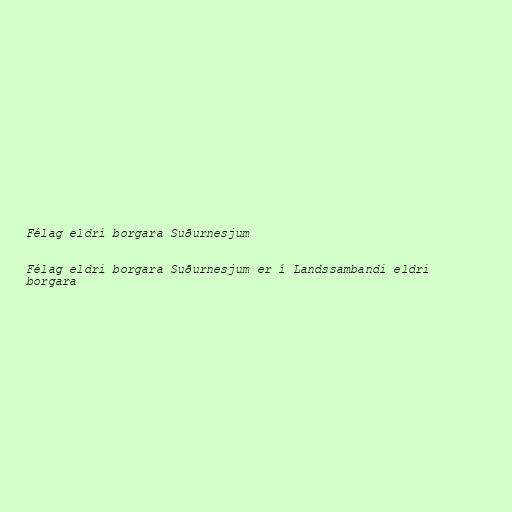
Félag eldri borgara Suðurnesjum

Félag eldri borgara Suðurnesjum er í Landssambandi eldri
borgara